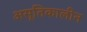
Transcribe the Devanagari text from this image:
असूतिकालीन